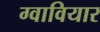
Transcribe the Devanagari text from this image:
ग्वावियार